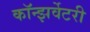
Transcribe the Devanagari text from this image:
कॉन्झर्वेटरी